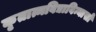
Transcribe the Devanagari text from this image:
कृतात्मविद्याविन्यासो